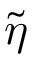
\tilde { \eta }